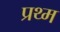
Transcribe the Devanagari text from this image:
प्रथ्म